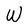
Character: W